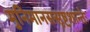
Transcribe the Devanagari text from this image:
मुनिमानससृष्टशान्तेः